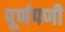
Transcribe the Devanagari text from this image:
पूर्णपणी